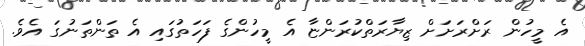
އެ މީހުން ރަށްރަށަށް ޒިޔާރަތްކުރަންޏާ އެ މީހުންގެ ފަހަތުގައި އެ ތަންތަނުގަ އެވެ.